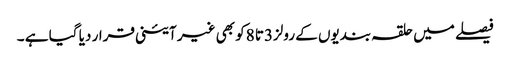
فیصلے میں حلقہ بندیوں کے رولز3تا 8کو بھی غیر آئینی قرار دیا گیا ہے ۔